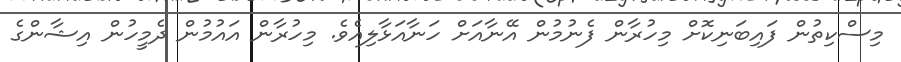
މިސްކިތުން ފައިބަނިކޮށް މިހުރާން ފެނުމުން އޭނާއަށް ހަނާއަޅާލިއެވެ. މިހުރާން އައުމުން ދެމީހުން އިޝާންގެ